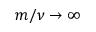
m / \nu \to \infty